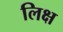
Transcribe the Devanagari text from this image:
लिक्ष